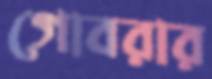
গোবরার